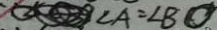
\angle A = \angle B